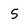
Character: 5